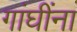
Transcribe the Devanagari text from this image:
गांघींना